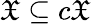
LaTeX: {\mathfrak{X}}\subseteq c{\mathfrak{X}}